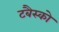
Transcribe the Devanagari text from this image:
टबैस्को